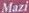
Mazi